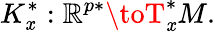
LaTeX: K_{\mathit{x}}^{*}:\mathbb{{R}}^{p*}\toT_{\mathit{x}}^{*}M.